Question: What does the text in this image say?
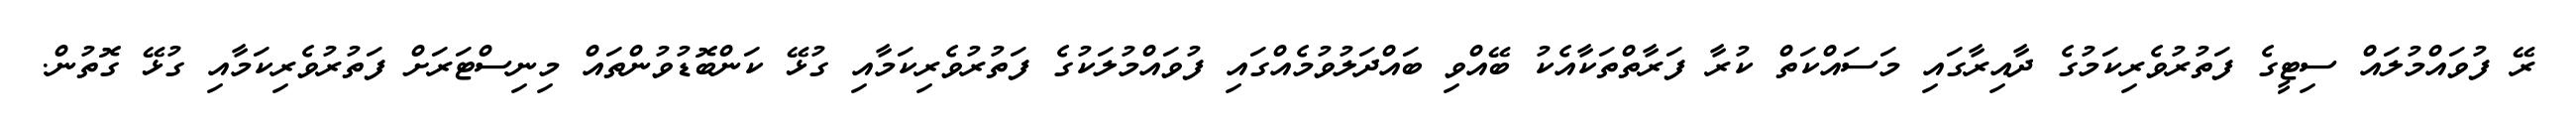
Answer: ރޭ ފުވައްމުލައް ސިޓީގެ ފަތުރުވެރިކަމުގެ ދާއިރާގައި މަސައްކަތް ކުރާ ފަރާތްތަކާއެކު ބޭއްވި ބައްދަލުވުމެއްގައި ފުވައްމުލަކުގެ ފަތުރުވެރިކަމާއި ގުޅޭ ކަންބޮޑުވުންތައް މިނިސްޓަރަށް ފަތުރުވެރިކަމާއި ގުޅޭ ގޮތުން.